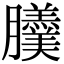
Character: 𦣍